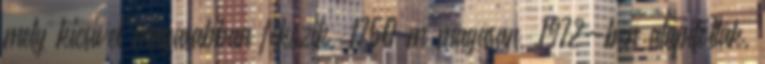
mely kicsivel magasabban fekszik, 1750 m magasan, 1972-ben alapították,